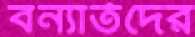
বন্যার্তদের